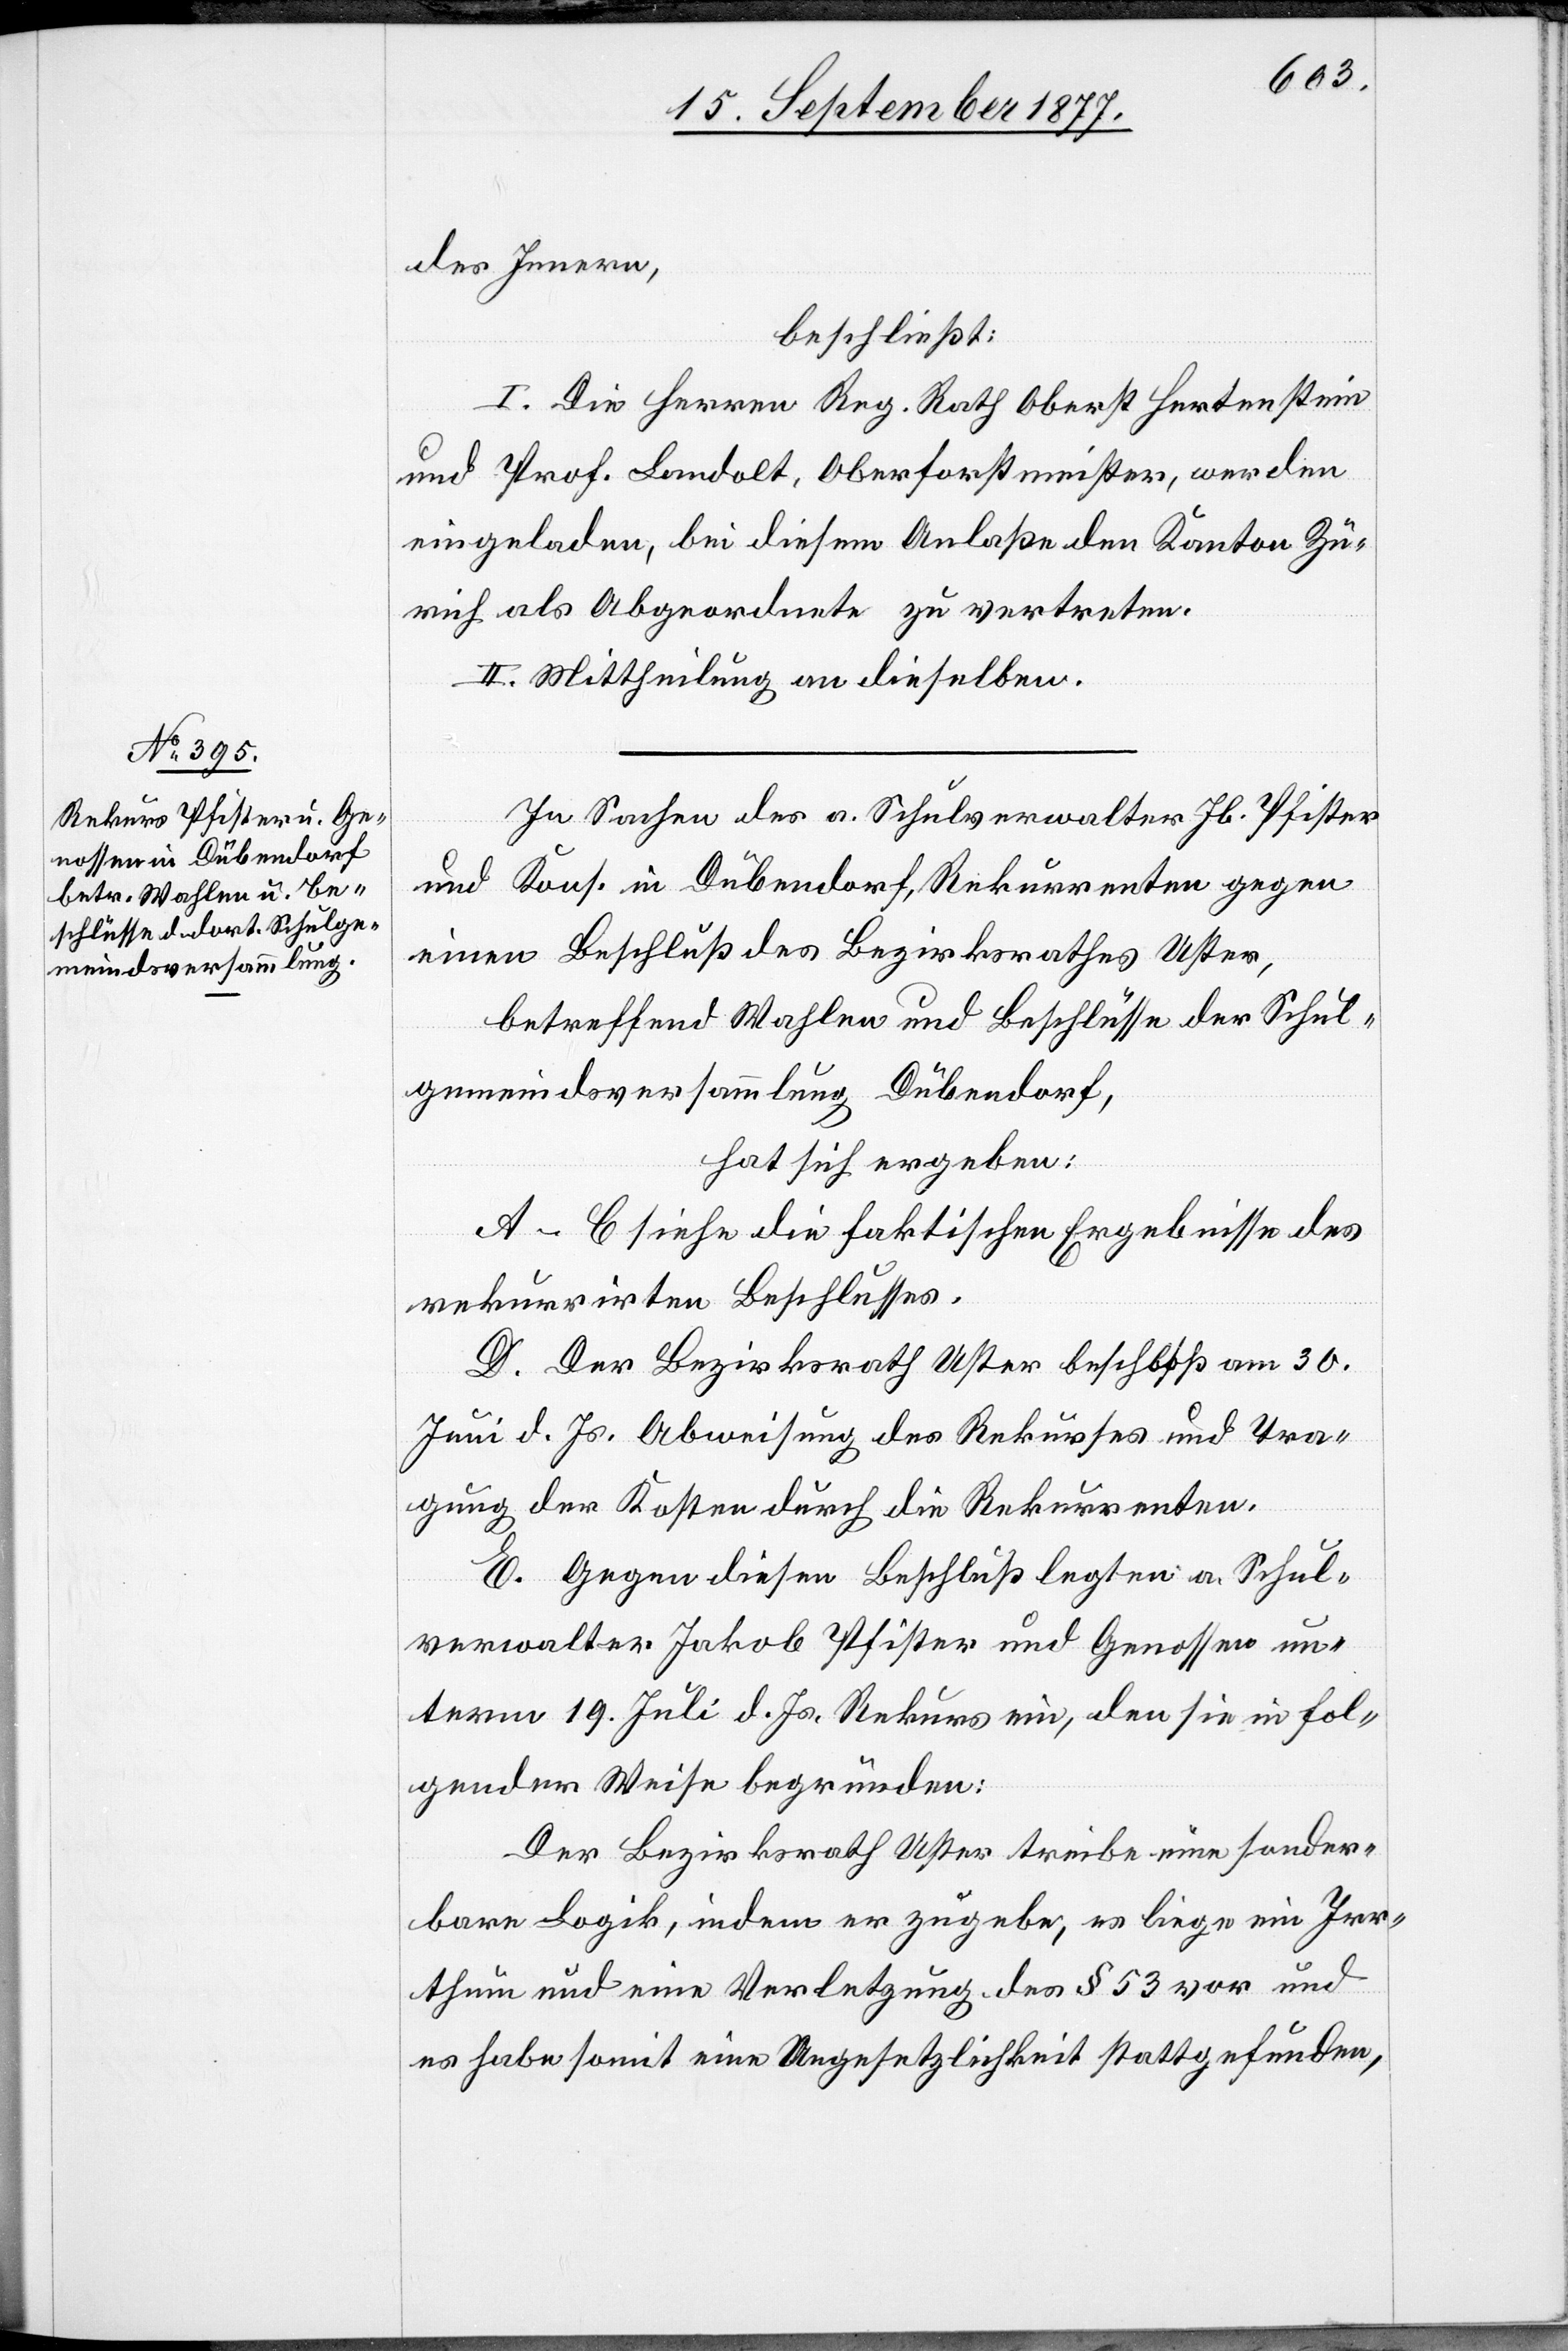
des Innern,
beschließt:
I. Die Herren Reg. Rath Oberst Hertenstein
und Prof. Landolt, Oberforstmeister, werden
eingeladen, bei diesem Anlaße den Kanton Zü¬
rich als Abgeordnete zu vertreten.
II. Mittheilung an dieselben.
In Sachen des a. Schulverwalter Jb. Pfister
und Kons. in Dübendorf, Rekurrenten gegen
einen Beschluß des Bezirksrathes Uster,
betreffend Wahlen und Beschlüsse der Schul¬
gemeindsversammlung Dübendorf,
hat sich ergeben:
A–C siehe die faktischen Ergebnisse des
rekurrirten Beschlusses.
D. Der Bezirksrath Uster beschloß am 30.
Juni d. Js. Abweisung des Rekurses und Tra¬
gung der Kosten durch die Rekurrenten.
E. Gegen diesen Beschluß legten a. Schul¬
verwalter Jakob Pfister und Genossen un¬
term 19. Juli d. Js. Rekurs ein, den sie in fol¬
gender Weise begründen:
Der Bezirksrath Uster treibe eine sonder¬
bare Logik, indem er zugebe, es liege ein Irr¬
thum und eine Verletzung des § 53 vor und
es habe somit eine Ungesetzlichkeit stattgefunden,